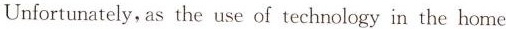
Unfortunately,as the use of technology in the home